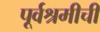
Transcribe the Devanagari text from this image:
पूर्वश्रमीची